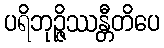
ပရိဘုဉ္ဇိဿန္တီတိပေ